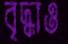
বৃদ্ধাও